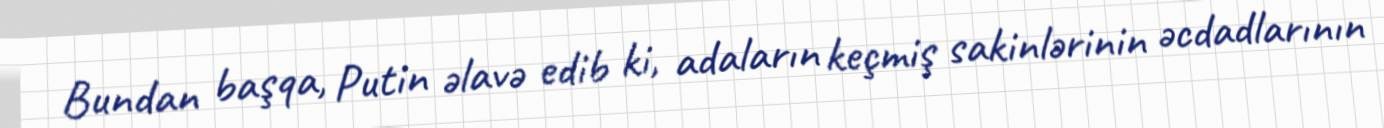
Bundan başqa, Putin əlavə edib ki, adaların keçmiş sakinlərinin əcdadlarının